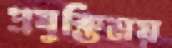
প্রযুক্তিময়